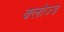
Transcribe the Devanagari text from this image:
क्‍लोज्‍ड